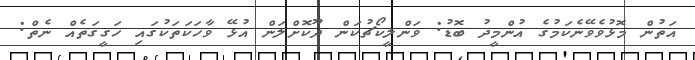
އަތުން މޮޅުވެވޭނެކަމުގެ އުންމީދު ބޮޑު: ވަންލީކޯޗުކަން ދޫކޮށްލަން އުޅޭ ވާހަކަތަކުގައި ހަގީގަތެއް ނެތް: